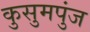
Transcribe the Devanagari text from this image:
कुसुमपुंज